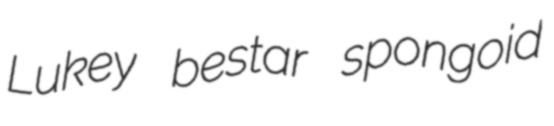
Lukey bestar spongoid